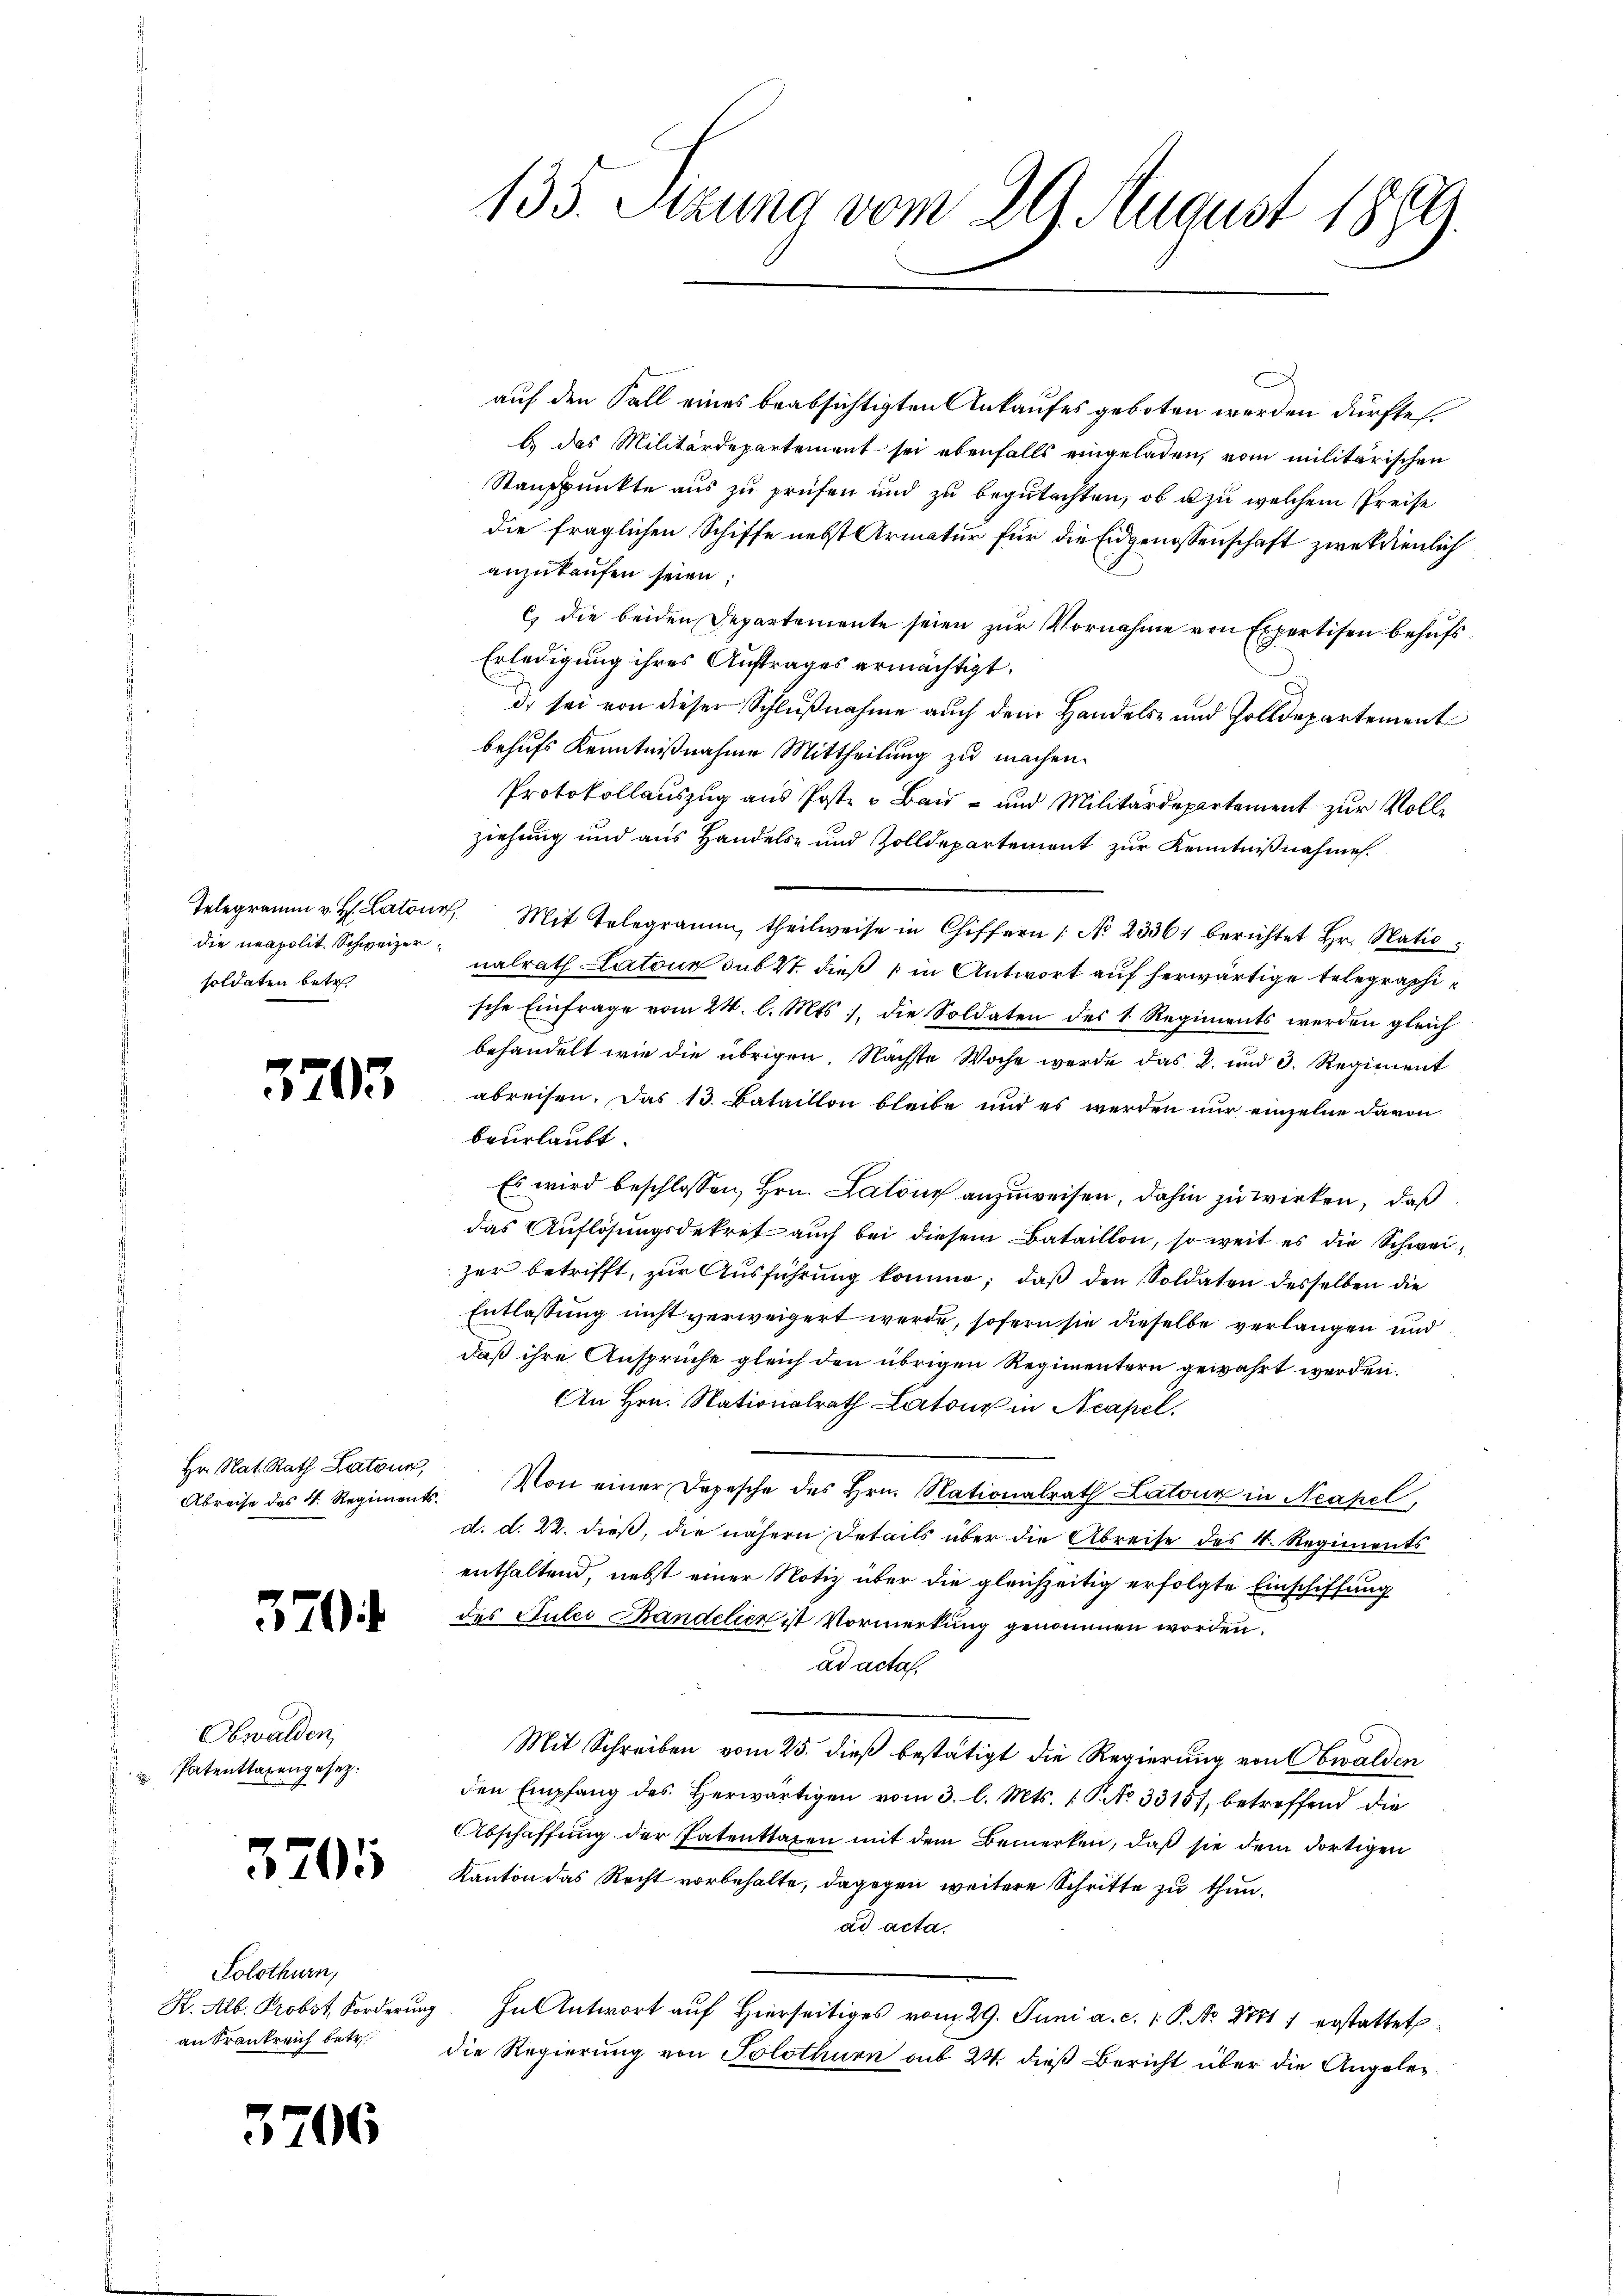
die neapolit. Schweizersoldaten betr.

3703

Hr. Nat. Rath Latone,
Abreise des 4. Regiments.

370

Obwalden,
 Patenttaxengesez.

3701

Solothurn,
an Frankreich betr.

3706

e
auf den Fall eines beabsichtigten Ankaufes geboten werden dürfte.
b. das Militärdepartement sei ebenfalls eingeladen, vom militärischen
Standpunkte aus zu prüfen und zu begutachten, ob u zu welchem Preise
die fraglichen Schiffe nebst Armatur für die Eidgenossenschaft zweckdienlich
anzukaufen seien:
c) die beiden Departemente seien zur Vornahme von Expertisen behufs
Erledigung ihres Auftrages ermächtigt.
d) sei von dieser Schlußnahme auch dem Handels- und Zolldepartement
behufs Kenntnißnahme Mittheilung zu machen.
Protokollauszug aus Poste u Bau- und Militärdepartement zur Vollziehung und aus Handels- und Zolldepartement zur Kenntnißnahme.
Telegramm u. H. Lator Mit Telegramm, theilweise in Chiffern / No 23361 berichtet Hr. Natio
nalrath Latone sub 27. dieß in Antwort auf herwärtige telegraphische Einfrage vom 24. l. Mts., die Soldaten des 1. Regiments werden gleich
behandelt wie die übrigen. Nächste Woche werde das 2. und 3. Regiment
abreisen. Das 13. Bataillon bleibe und es werden nur einzelne davon
beurlaubt.
Es wird beschlossen, Hrn. Latons anzuweisen, dahin zu wirken, daß
das Auflösungsdekret auch bei diesem Bataillon, so weit es die Schweizer betrifft, zur Ausführung komme, daß den Soldaten desselben die
Entlassung nicht verweigert werde, sofern sie dieselbe verlangen und
daß ihre Ansprüche gleich den übrigen Regimentern gewährt werden.
An Hrn. Nationalrath Latone in Neapel.
Von einer Depesche des Hrn. Nationalrath Latour in Neapel,
d. d. 22. dieß, die nähern Details über die Abreise des 4. Regiments
enthaltend, nebst einer Notiz über die gleichzeitig erfolgte Einschiffung
des Julii Bandelier ist Vormerkung genommen worden.
ad acta.
Mit Schreiben vom 25. dieß bestätigt die Regierung von Obwalden
den Empfang des herwärtigen vom 3. l. Mts. 1 P. No 33151, betreffend die
Abschaffung der Patenttaxen mit dem Bemerken, daß sie dem dortigen
Kanton das Recht vorbehalte, dagegen weitere Schritte zu thun.
ad acta.
H. Alb. Probst Forderung. In Antwort auf hierseitiges vom 29. Juni a. c. 1 P. Nr. 1881 1 erstattet:
die Regierung von Solothurn aus 24. dieß Bericht über die Angeleg¬

133. Sitzung vom 29. August 1899.